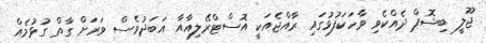
ޖޫލީ ބިޝޮޕް ދެއްކެވި ވާހަކަފުޅުގައި ރާއްޖެއަކީ އޮސްޓްރޭލިއާއާ އަބަދުވެސް ވަރަށް ގާތް ގުޅުމެއް